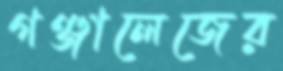
গঞ্জালেজের